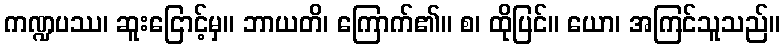
ကဏ္ဍပဿ၊ ဆူးငြောင့်မှ။ ဘာယတိ၊ ကြောက်၏။ စ၊ ထိုပြင်။ ယော၊ အကြင်သူသည်။